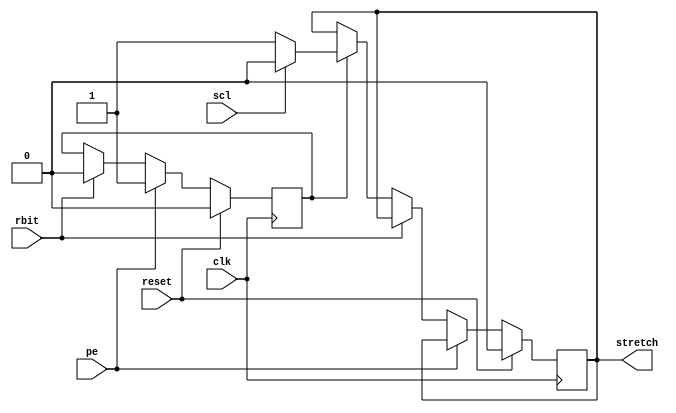
`timescale 1ns / 1ps
//////////////////////////////////////////////////////////////////////////////////
// Module Name:		I2C_Master_Stretch
// Project Name:		I2C_Master-LCD_TempSensor
// Target Devices:	SPARTAN 3E
// Description:		I2C Master Stretch
// Dependencies:
//////////////////////////////////////////////////////////////////////////////////
module I2C_Master_Stretch(stretch, pe, rbit, scl, clk, reset);
	output stretch;
	input pe;			// scl segment 3: Positive Edge of scl
	input rbit;			// scl segment 4: Read Bit
	input scl;			// Serial Clock
	input clk;			// Main clock
	input reset;

	reg stretch;
	reg Q3;

	initial begin
		stretch = 0;
		Q3 = 0;
	end

	always@(posedge clk) begin
		// If reset, clear stretch and Q3
		if (reset) begin stretch <= 0; Q3 <= 0; end
		else begin
			// If we are at pos edge of scl
			if (pe)
				Q3 <= 1;
			else begin
				// If we are at read bit
				if (rbit) Q3 <= 0;
				else begin
					if (Q3) begin
						if (scl) stretch <= 0;
						else stretch <=1;
					end
				end
			end
		end
	end

endmodule